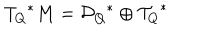
LaTeX: { T _ { Q } } ^ { * } M = { { \cal D } _ { Q } } ^ { * } \oplus { { \cal T } _ { Q } } ^ { * }